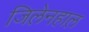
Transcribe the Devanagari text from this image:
जिलेनहाल